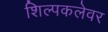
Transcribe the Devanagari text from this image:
शिल्पकलेवर